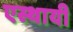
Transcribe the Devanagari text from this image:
एस्थायी